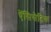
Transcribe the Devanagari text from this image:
ऐंसिसेटिक